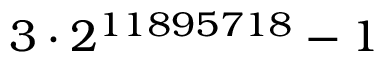
3 \cdot 2 ^ { 1 1 8 9 5 7 1 8 } - 1